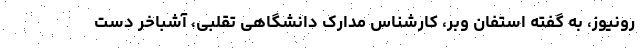
رونیوز، به گفته استفان وبر، کارشناس مدارک دانشگاهی تقلبی، آشباخر دست